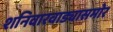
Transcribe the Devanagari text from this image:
शनिवारवाड्यासमोर